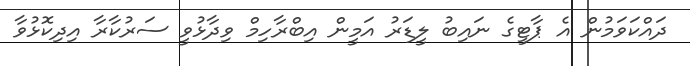
ދައްކަވަމުން އެ ޕާޓީގެ ނައިބު ލީޑަރު އަމީން އިބްރާހިމް ވިދާޅުވީ ސަރުކާރާ އިދިކޮޅުވާ